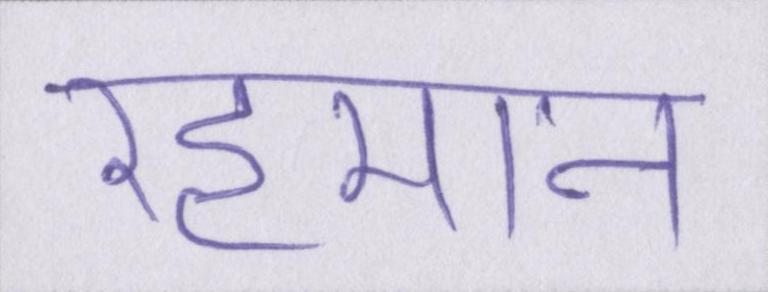
रहमान